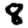
Digit: 8